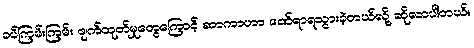
ခပ်ကြမ်းကြမ်း ဖျက်ထုတ်မှုတွေကြောင့် ဆာကာဟာ ဒဏ်ရာရသွားခဲ့တယ်လို့ ဆိုလာပါတယ်။